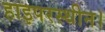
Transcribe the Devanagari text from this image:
हाइपरस्थीन।